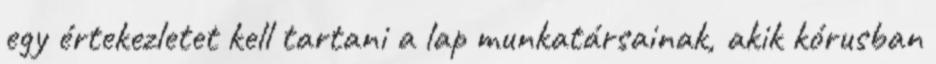
egy értekezletet kell tartani a lap munkatársainak, akik kórusban